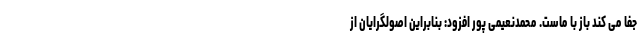
جفا می کند باز با ماست. محمدنعیمی پور افزود: بنابراین اصولگرایان از